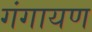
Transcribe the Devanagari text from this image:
गंगायण